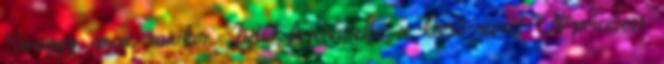
Swaggy arca, amikor Julie bejelentette a kieső nevét #priceless